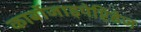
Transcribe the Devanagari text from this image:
कार्बोजाइपेप्टिडेज